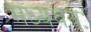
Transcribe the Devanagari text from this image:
मध्यवयः